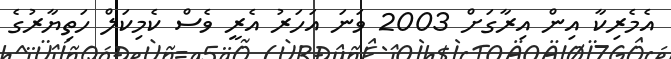
އެމެރިކާ އިން އިރާގަށް 2003 ވަނަ އަހަރު އެރީ ވެސް ކެމިކަލް ހަތިޔާރުގެ